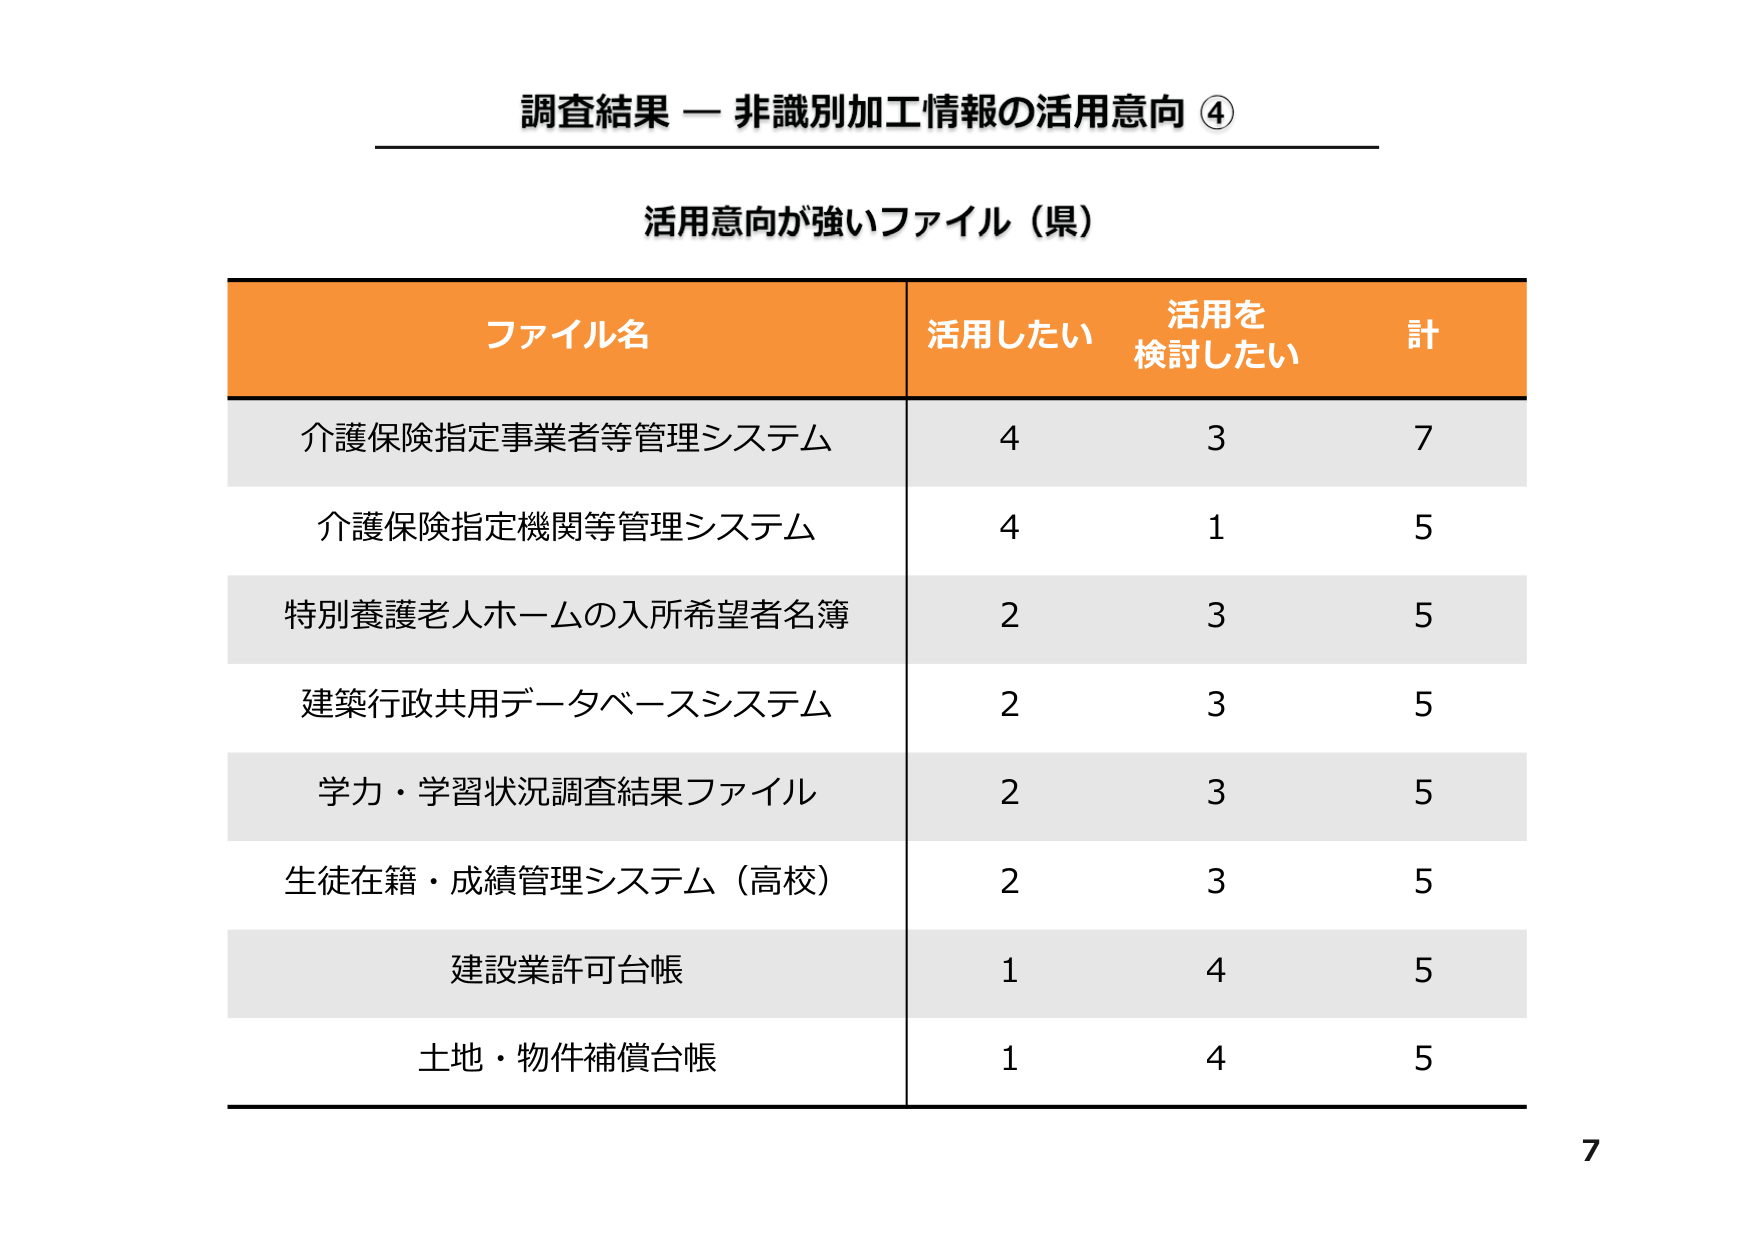
調査結果 — 非識別加工情報の活用意向 ④

活用意向が強いファイル（県）

ファイル名　　　　　　　　　　　　　　　活用したい　　活用を検討したい　　計
介護保険指定事業者等管理システム　　　　　4　　　　　　3　　　　　　7
介護保険指定機関等管理システム　　　　　　4　　　　　　1　　　　　　5
特別養護老人ホームの入所希望者名簿　　　　2　　　　　　3　　　　　　5
建築行政共用データベースシステム　　　　　2　　　　　　3　　　　　　5
学力・学習状況調査結果ファイル　　　　　　2　　　　　　3　　　　　　5
生徒在籍・成績管理システム（高校）　　　　2　　　　　　3　　　　　　5
建設業許可台帳　　　　　　　　　　　　　　1　　　　　　4　　　　　　5
土地・物件補償台帳　　　　　　　　　　　　1　　　　　　4　　　　　　5

7